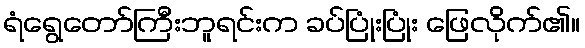
ရံရွေတော်ကြီးဘူရင်းက ခပ်ပြုံးပြုံး ဖြေလိုက်၏။